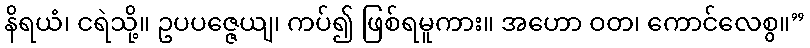
နိရယံ၊ ငရဲသို့။ ဥပပဇ္ဇေယျ၊ ကပ်၍ ဖြစ်ရမူကား။ အဟော ဝတ၊ ကောင်လေစွ။”